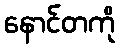
နောင်တကို